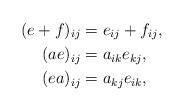
LaTeX: \begin{align*}(e+f)_{ij}&=e_{ij}+f_{ij},\\(ae)_{ij}&=a_{ik}e_{kj},\\(ea)_{ij}&=a_{kj}e_{ik},\end{align*}